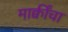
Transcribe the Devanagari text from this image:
माक्वींचा